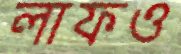
লাফও